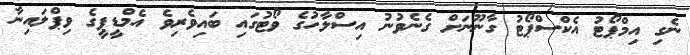
ނެގި އިމްޕޯޓު އެކްސްޕޯޓު ގާނޫނަށް ގެނެވުނު އިސްލާހުގެ ވޯޓުުގައި ބައިވެރިވެ އެމްޑީޕީގެ ވިޕްލައިނާ